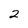
Character: 2